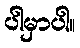
ပါမှာပါ။